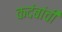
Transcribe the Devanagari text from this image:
कदंबांची